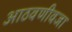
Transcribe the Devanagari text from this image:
आठवणीवजा